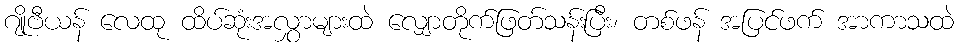
ဂျိုဗီယန် လေထု ထိပ်ဆုံးအလွှာများထဲ လျှောတိုက်ဖြတ်သန်းပြီး၊ တစ်ဖန် အပြင်ဖက် အာကာသထဲ